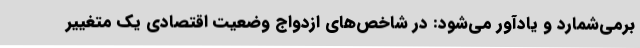
برمی‌شمارد و یادآور می‌شود: در شاخص‌های ازدواج وضعیت اقتصادی یک متغییر